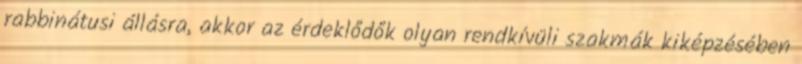
rabbinátusi állásra, akkor az érdeklődők olyan rendkívüli szakmák kiképzésében